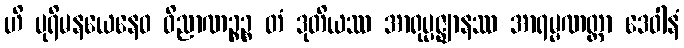
ဟိ ပုရိမနယေနေဝ ဝိညာဏဉ္စဉ္စ တံ ဒုတိယဿ အာရုပ္ပဇ္ဈာနဿ အာရမ္မဏတ္တာ ဒေဝါနံ